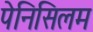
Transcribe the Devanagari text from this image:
पेनिसिलम